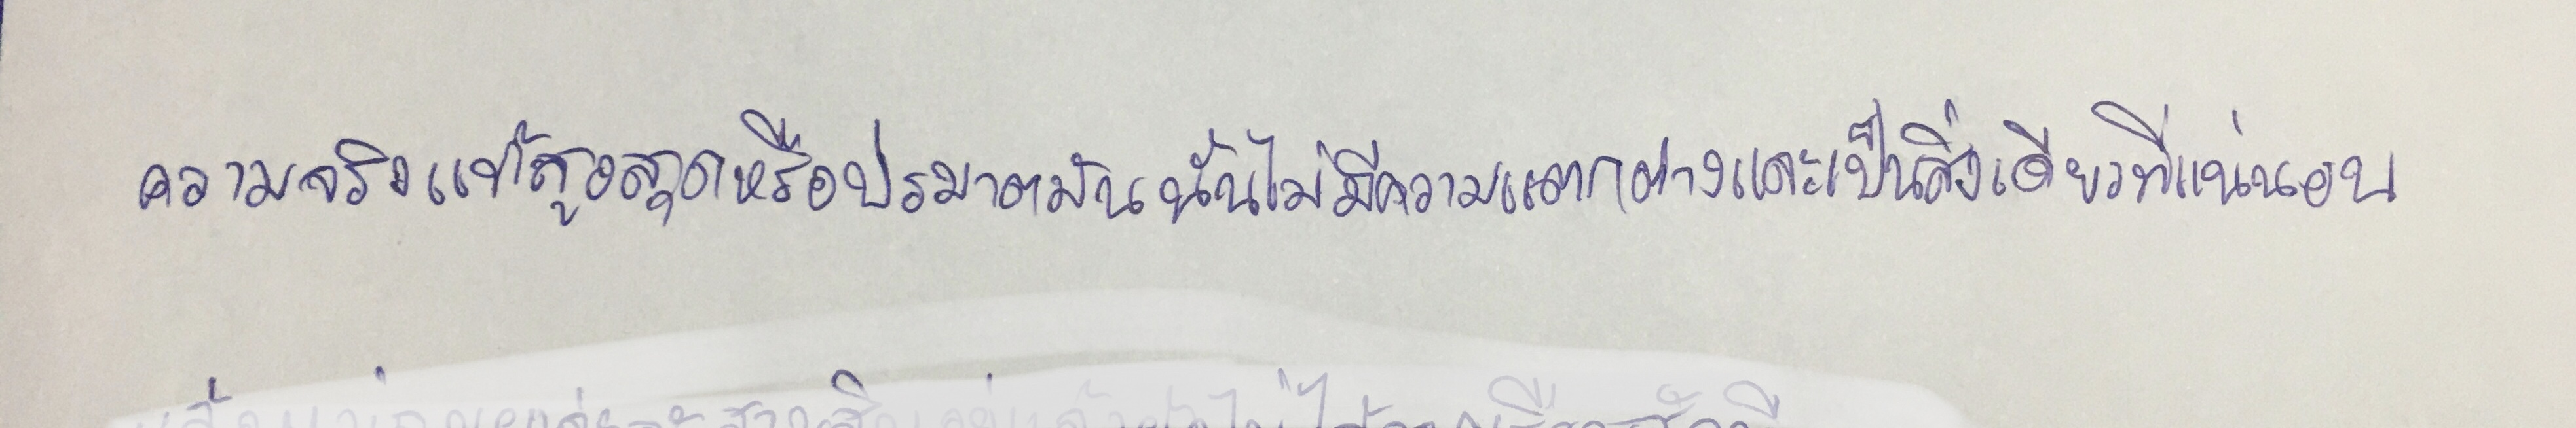
ความจริงแท้สูงสุดหรือปรมาตมันนั้นไม่มีความแตกต่างและเป็นสิ่งเดียวที่แน่นอน